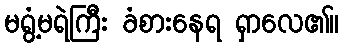
မရွံ့မရဲကြီး ခံစားနေရ ရှာလေ၏။